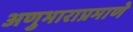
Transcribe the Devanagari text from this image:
अणुभाराप्रमाणे